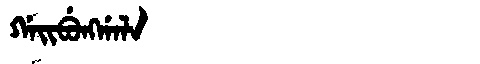
Manchu: ᡤᠠᡳᠪᡠᠩᡤᠠᠯᠠ
Romanization: GAIBUNGGALA